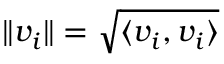
\| v _ { i } \| = \sqrt { \langle v _ { i } , v _ { i } \rangle }